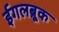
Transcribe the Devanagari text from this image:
ईगलब्रूक